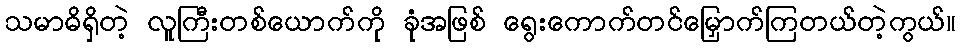
သမာဓိရှိတဲ့ လူကြီးတစ်ယောက်ကို ခုံအဖြစ် ရွေးကောက်တင်မြှောက်ကြတယ်တဲ့ကွယ်။